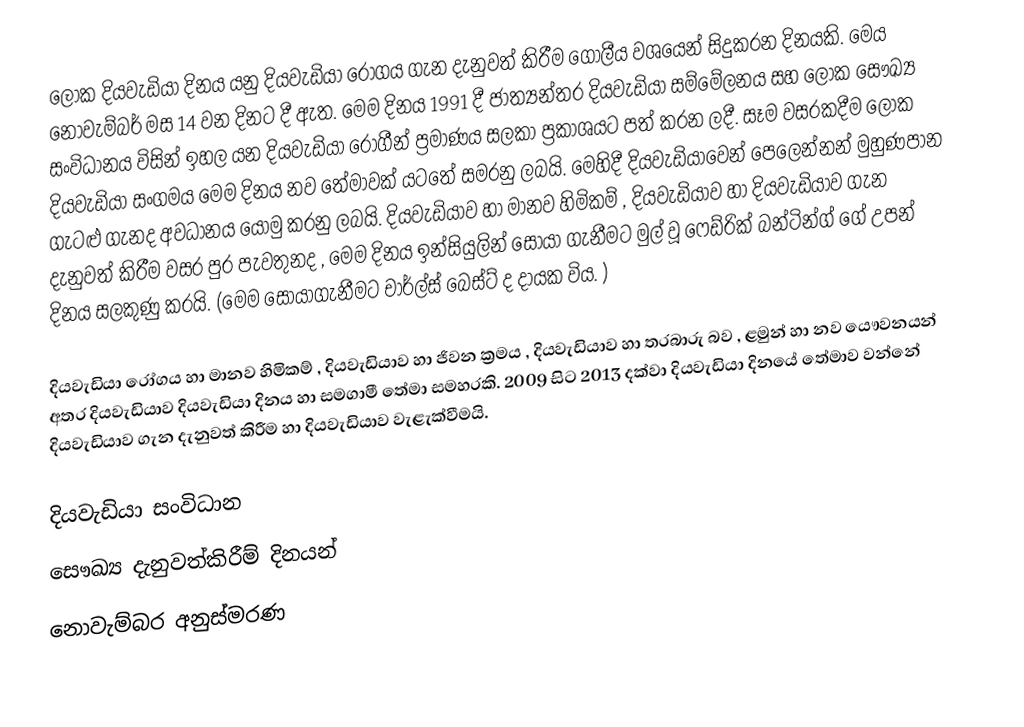
ලෝක දියවැඩියා දිනය යනු දියවැඩියා රෝගය ගැන දැනුවත් කිරීම ගෝලීය වශයෙන් සිදුකරන දිනයකි. මෙය නොවැම්බර් මස 14 වන දිනට දී ඇත. මෙම දිනය 1991 දී ජාත්‍යන්තර දියවැඩියා සම්මේලනය සහ ලෝක සෞඛ්‍ය සංවිධානය විසින් ඉහල යන දියවැඩියා රෝගීන් ප්‍රමාණය සලකා ප්‍රකාශයට පත් කරන ලදී. සෑම වසරකදීම ලෝක දියවැඩියා සංගමය මෙම දිනය නව තේමාවක් යටතේ සමරනු ලබයි. මෙහිදී දියවැඩියාවෙන් පෙලෙන්නන්  මුහුණපාන ගැටළු ගැනද අවධානය යොමු කරනු ලබයි. දියවැඩියාව හා මානව හිමිකම් , දියවැඩියාව හා  දියවැඩියාව ගැන දැනුවත් කිරීම වසර පුර පැවතුනද , මෙම දිනය ඉන්සියුලින් සොයා ගැනීමට මුල් වූ ෆෙඩ්රික් බන්ටින්ග් ගේ උපන් දිනය සලකුණු කරයි. (මෙම සොයාගැනීමට චාර්ල්ස් බෙස්ට් ද දායක විය. )

දියවැඩියා රෝගය හා මානව හිමිකම් , දියවැඩියාව හා ජිවන ක්‍රමය , දියවැඩියාව හා තරබාරු බව , ළමුන් හා නව යෞවනයන් අතර දියවැඩියාව දියවැඩියා දිනය හා සමගාමී තේමා සමහරකි. 2009 සිට 2013 දක්වා දියවැඩියා දිනයේ තේමාව වන්නේ දියවැඩියාව ගැන දැනුවත් කිරීම හා දියවැඩියාව වැළැක්වීමයි.

දියවැඩියා සංවිධාන
සෞඛ්‍ය දැනුවත්කිරීම් දිනයන්
නොවැම්බර අනුස්මරණ